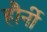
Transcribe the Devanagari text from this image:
हौर्नी